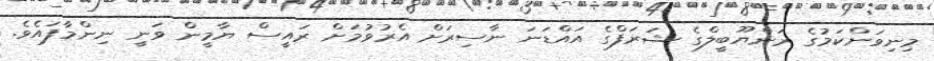
މިނިވަންކަމުގެ ރަންޔޫބީލްގެ ޝަރަފްގެ އައްޑަނަ ނާސިރަށް އެރުވުމަށް ރައީސް ޔާމީން ވަނީ ނިންމާފައެވެ.